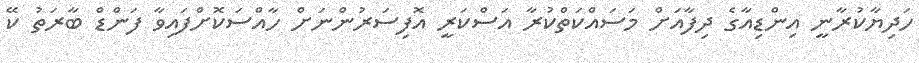
ހަދިޔާކުރާނީ އިންޑިއާގެ ދިފާއަށް މަސައްކަތްކުރާ އަސްކަރީ އޮފިސަރުންނަށް ހާއްސަކޮށްފައިވާ ފަންޑް ބާރަތު ކޭ